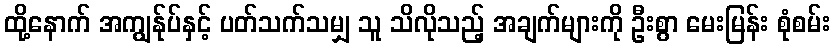
ထို့နောက် အကျွန်ုပ်နှင့် ပတ်သက်သမျှ သူ သိလိုသည့် အချက်များကို ဦးစွာ မေးမြန်း စုံစမ်း